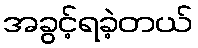
အခွင့်ရခဲ့တယ်